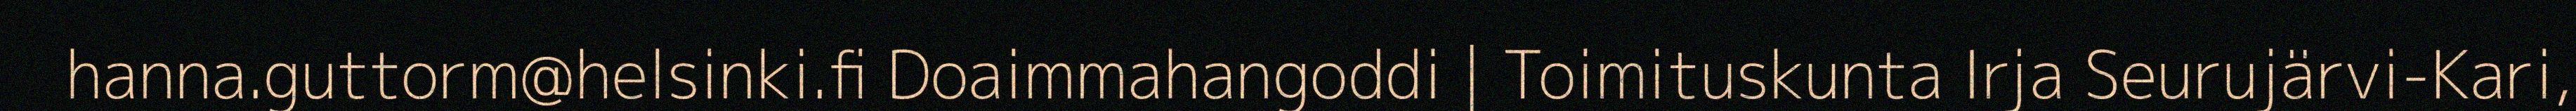
hanna.guttorm@helsinki.fi Doaimmahangoddi | Toimituskunta Irja Seurujärvi-Kari,